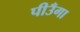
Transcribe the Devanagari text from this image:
पीउँगा